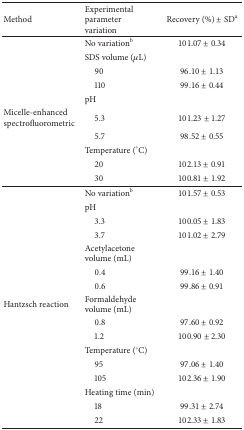
<table><thead><tr><td><b>Method</b></td><td><b>Experimental parameter variation</b></td><td><b>Recovery (%) ± SD<sup>a</sup></b></td></tr></thead><tbody><tr><td> </td><td>No variation<sup>b</sup></td><td>101.07 ± 0.34</td></tr><tr><td> </td><td>SDS volume (<i>μ</i>L)</td><td> </td></tr><tr><td> </td><td> 90</td><td>96.10 ± 1.13</td></tr><tr><td> </td><td> 110</td><td>99.16 ± 0.44</td></tr><tr><td> </td><td>pH</td><td> </td></tr><tr><td>Micelle-enhanced spectrofluorometric </td><td> 5.3</td><td>101.23 ± 1.27</td></tr><tr><td> </td><td> 5.7</td><td>98.52 ± 0.55</td></tr><tr><td> </td><td>Temperature (°C)</td><td> </td></tr><tr><td> </td><td> 20</td><td>102.13 ± 0.91</td></tr><tr><td> </td><td> 30</td><td>100.81 ± 1.92</td></tr><tr><td> </td><td>No variation<sup>b</sup></td><td>101.57 ± 0.53</td></tr><tr><td> </td><td>pH</td><td> </td></tr><tr><td> </td><td> 3.3</td><td>100.05 ± 1.83</td></tr><tr><td> </td><td> 3.7</td><td>101.02 ± 2.79</td></tr><tr><td> </td><td>Acetylacetone volume (mL)</td><td> </td></tr><tr><td> </td><td> 0.4</td><td>99.16 ± 1.40</td></tr><tr><td> </td><td> 0.6</td><td>99.86 ± 0.91</td></tr><tr><td>Hantzsch reaction </td><td>Formaldehyde volume (mL)</td><td> </td></tr><tr><td> </td><td> 0.8</td><td>97.60 ± 0.92</td></tr><tr><td> </td><td> 1.2</td><td>100.90 ± 2.30</td></tr><tr><td> </td><td>Temperature (°C)</td><td> </td></tr><tr><td> </td><td> 95</td><td>97.06 ± 1.40</td></tr><tr><td> </td><td> 105</td><td>102.36 ± 1.90</td></tr><tr><td> </td><td>Heating time (min)</td><td> </td></tr><tr><td> </td><td> 18</td><td>99.31 ± 2.74</td></tr><tr><td> </td><td> 22</td><td>102.33 ± 1.83</td></tr></tbody></table>